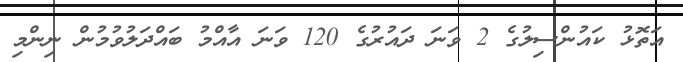
އަތޮޅު ކައުންސިލުގެ 2 ވަނަ ދައުރުގެ 120 ވަނަ އާއްމު ބައްދަލުވުމުން ނިންމި